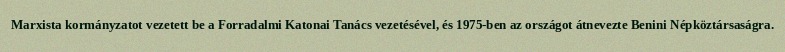
Marxista kormányzatot vezetett be a Forradalmi Katonai Tanács vezetésével, és 1975-ben az országot átnevezte Benini Népköztársaságra.